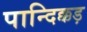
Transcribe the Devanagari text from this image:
पान्दिक्कड़